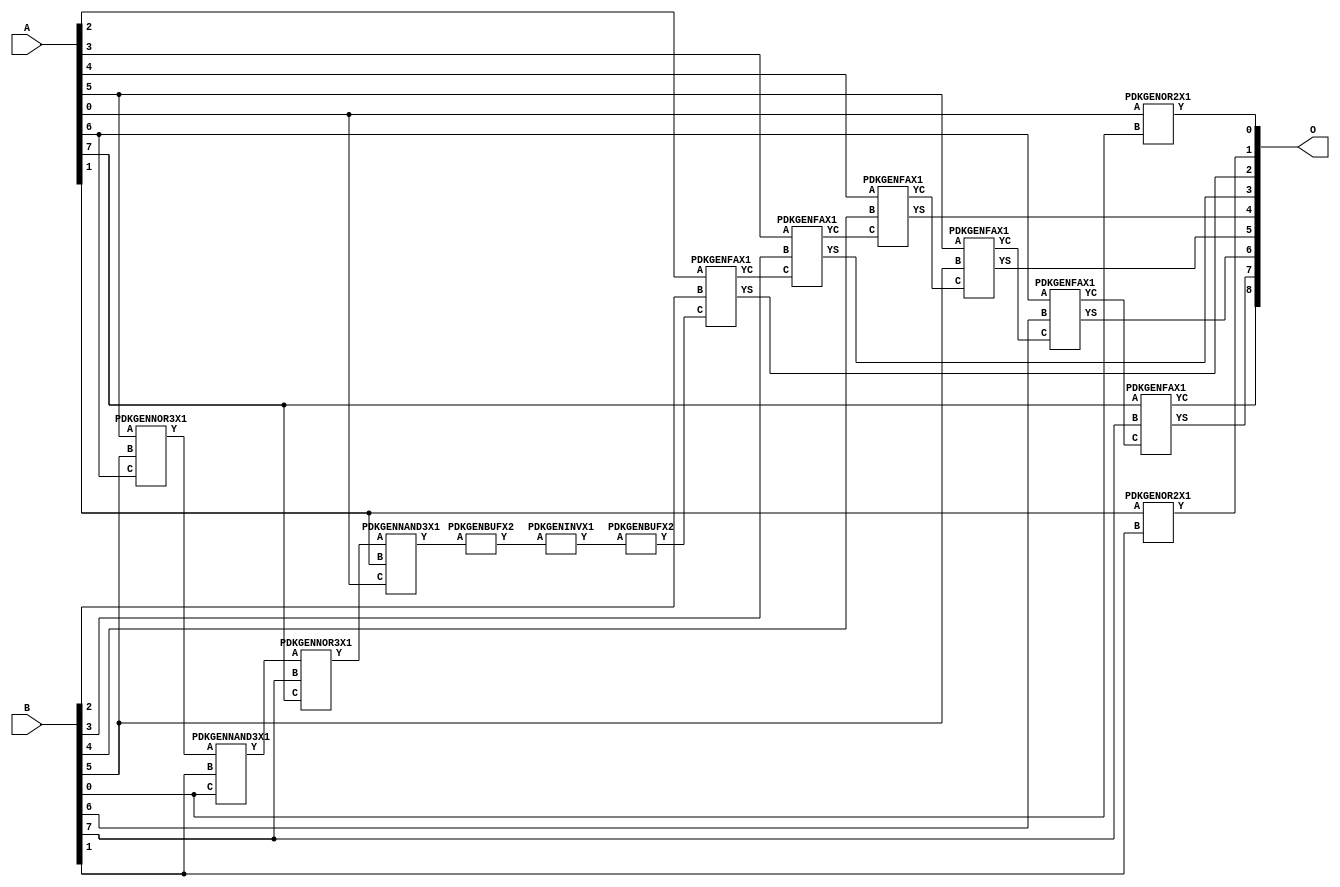
// Library = EvoApprox8b
// Circuit = add8_310
// Area   (180) = 1048
// Delay  (180) = 2.060
// Power  (180) = 262.80
// Area   (45) = 75
// Delay  (45) = 0.780
// Power  (45) = 25.94
// Nodes = 15
// HD = 89488
// MAE = 0.74609
// MSE = 1.48438
// MRE = 0.39 %
// WCE = 3
// WCRE = 50 %
// EP = 43.8 %

module add8_310(A, B, O);
  input [7:0] A;
  input [7:0] B;
  output [8:0] O;
  wire [2031:0] N;

  assign N[0] = A[0];
  assign N[1] = A[0];
  assign N[2] = A[1];
  assign N[3] = A[1];
  assign N[4] = A[2];
  assign N[5] = A[2];
  assign N[6] = A[3];
  assign N[7] = A[3];
  assign N[8] = A[4];
  assign N[9] = A[4];
  assign N[10] = A[5];
  assign N[11] = A[5];
  assign N[12] = A[6];
  assign N[13] = A[6];
  assign N[14] = A[7];
  assign N[15] = A[7];
  assign N[16] = B[0];
  assign N[17] = B[0];
  assign N[18] = B[1];
  assign N[19] = B[1];
  assign N[20] = B[2];
  assign N[21] = B[2];
  assign N[22] = B[3];
  assign N[23] = B[3];
  assign N[24] = B[4];
  assign N[25] = B[4];
  assign N[26] = B[5];
  assign N[27] = B[5];
  assign N[28] = B[6];
  assign N[29] = B[6];
  assign N[30] = B[7];
  assign N[31] = B[7];

  PDKGENOR2X1 n32(.A(N[0]), .B(N[16]), .Y(N[32]));
  PDKGENNOR3X1 n38(.A(N[10]), .B(N[26]), .C(N[12]), .Y(N[38]));
  PDKGENNAND3X1 n52(.A(N[38]), .B(N[18]), .C(N[16]), .Y(N[52]));
  PDKGENNOR3X1 n58(.A(N[52]), .B(N[30]), .C(N[14]), .Y(N[58]));
  assign N[59] = N[58];
  PDKGENNAND3X1 n62(.A(N[59]), .B(N[2]), .C(N[0]), .Y(N[62]));
  PDKGENOR2X1 n82(.A(N[2]), .B(N[18]), .Y(N[82]));
  assign N[83] = N[82];
  PDKGENBUFX2 n104(.A(N[62]), .Y(N[104]));
  assign N[105] = N[104];
  PDKGENINVX1 n126(.A(N[105]), .Y(N[126]));
  assign N[127] = N[126];
  PDKGENBUFX2 n130(.A(N[127]), .Y(N[130]));
  assign N[131] = N[130];
  PDKGENFAX1 n132(.A(N[4]), .B(N[20]), .C(N[131]), .YS(N[132]), .YC(N[133]));
  PDKGENFAX1 n182(.A(N[6]), .B(N[22]), .C(N[133]), .YS(N[182]), .YC(N[183]));
  PDKGENFAX1 n232(.A(N[8]), .B(N[24]), .C(N[183]), .YS(N[232]), .YC(N[233]));
  PDKGENFAX1 n282(.A(N[10]), .B(N[26]), .C(N[233]), .YS(N[282]), .YC(N[283]));
  PDKGENFAX1 n332(.A(N[12]), .B(N[28]), .C(N[283]), .YS(N[332]), .YC(N[333]));
  PDKGENFAX1 n382(.A(N[14]), .B(N[30]), .C(N[333]), .YS(N[382]), .YC(N[383]));

  assign O[0] = N[32];
  assign O[1] = N[83];
  assign O[2] = N[132];
  assign O[3] = N[182];
  assign O[4] = N[232];
  assign O[5] = N[282];
  assign O[6] = N[332];
  assign O[7] = N[382];
  assign O[8] = N[383];

endmodule
/* mod */
module PDKGENNAND3X1(input A, input B, input C, output Y );
     assign Y = ~((A & B) & C);
endmodule
/* mod */
module PDKGENOR2X1(input A, input B, output Y );
     assign Y = A | B;
endmodule
/* mod */
module PDKGENINVX1(input A, output Y );
     assign Y = ~A;
endmodule
/* mod */
module PDKGENFAX1( input A, input B, input C, output YS, output YC );
    assign YS = (A ^ B) ^ C;
    assign YC = (A & B) | (B & C) | (A & C);
endmodule
/* mod */
module PDKGENNOR3X1(input A, input B, input C, output Y );
     assign Y = ~((A | B) | C);
endmodule
/* mod */
module PDKGENBUFX2(input A, output Y );
     assign Y = A;
endmodule